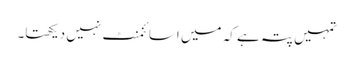
تمہیں پتہ ہے کہ میں اسائنمنٹ نہیں دیکھتا۔